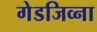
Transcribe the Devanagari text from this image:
गेडजिव्ना